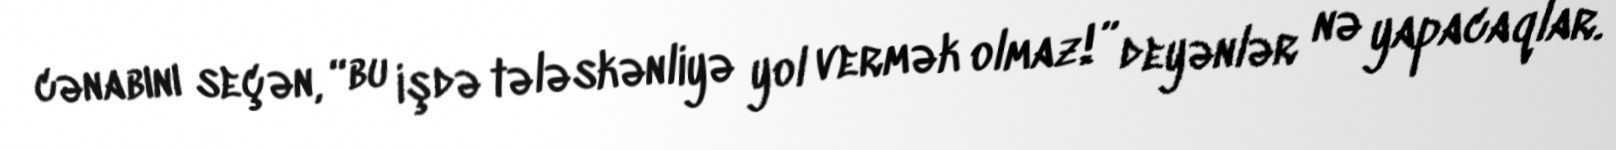
cənabını seçən, “bu işdə tələskənliyə yol vermək olmaz!” deyənlər nə yapacaqlar.